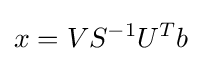
x=VS^{-1}U^{T}b